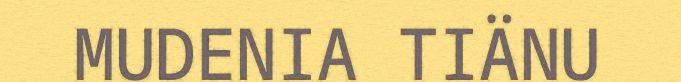
MUDENIA TIÄNU